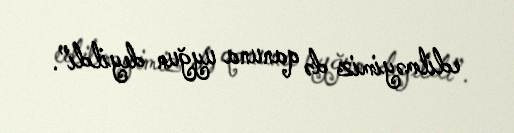
edilməyimiz də qanuna uyğun deyildi”.